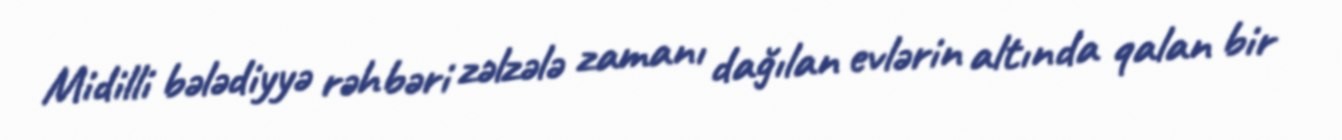
Midilli bələdiyyə rəhbəri zəlzələ zamanı dağılan evlərin altında qalan bir